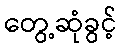
တွေ့ဆုံခွင့်